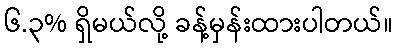
၆.၃% ရှိမယ်လို့ ခန့်မှန်းထားပါတယ်။